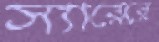
স্যারেরে